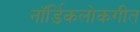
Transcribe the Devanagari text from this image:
नॉर्डिकलोकगीत